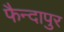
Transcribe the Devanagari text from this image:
फैन्दापुर